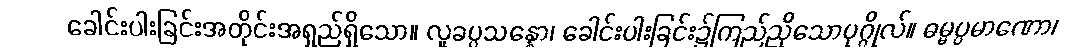
ခေါင်းပါးခြင်းအတိုင်းအရှည်ရှိသော။ လူခပ္ပသန္နော၊ ခေါင်းပါးခြင်း၌ကြည်ညိုသောပုဂ္ဂိုလ်။ ဓမ္မပ္ပမာဏော၊